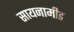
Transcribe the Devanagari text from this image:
सायनामीड